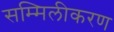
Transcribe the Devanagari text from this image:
सम्मिलीकरण